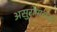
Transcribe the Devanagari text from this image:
असुरोपासकों